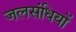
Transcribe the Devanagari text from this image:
जलसंधियों